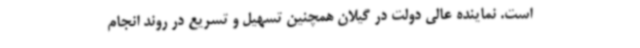
است. نماینده عالی دولت در گیلان همچنین تسهیل و تسریع در روند انجام